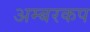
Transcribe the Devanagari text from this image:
अम्बरकप